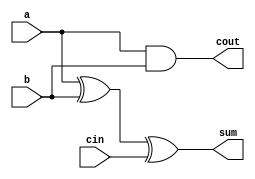
module full_adder6(a,b,cin,sum,cout);
input a,b,cin;
output sum,cout;
assign sum = a^b^cin;
assign cout = a&b|1'b0; 
// initial begin
//     $display("The incorrect adder with and1 and or1 having out/0 and in2/0");
// end   
endmodule